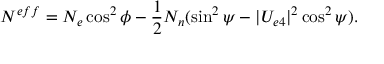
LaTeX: N ^ { e f f } = N _ { e } \cos ^ { 2 } \phi - { \frac { 1 } { 2 } } N _ { n } ( \sin ^ { 2 } \psi - | U _ { e 4 } | ^ { 2 } \cos ^ { 2 } \psi ) .